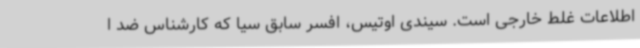
اطلاعات غلط خارجی است. سیندی اوتیس، افسر سابق سیا که کارشناس ضد ا